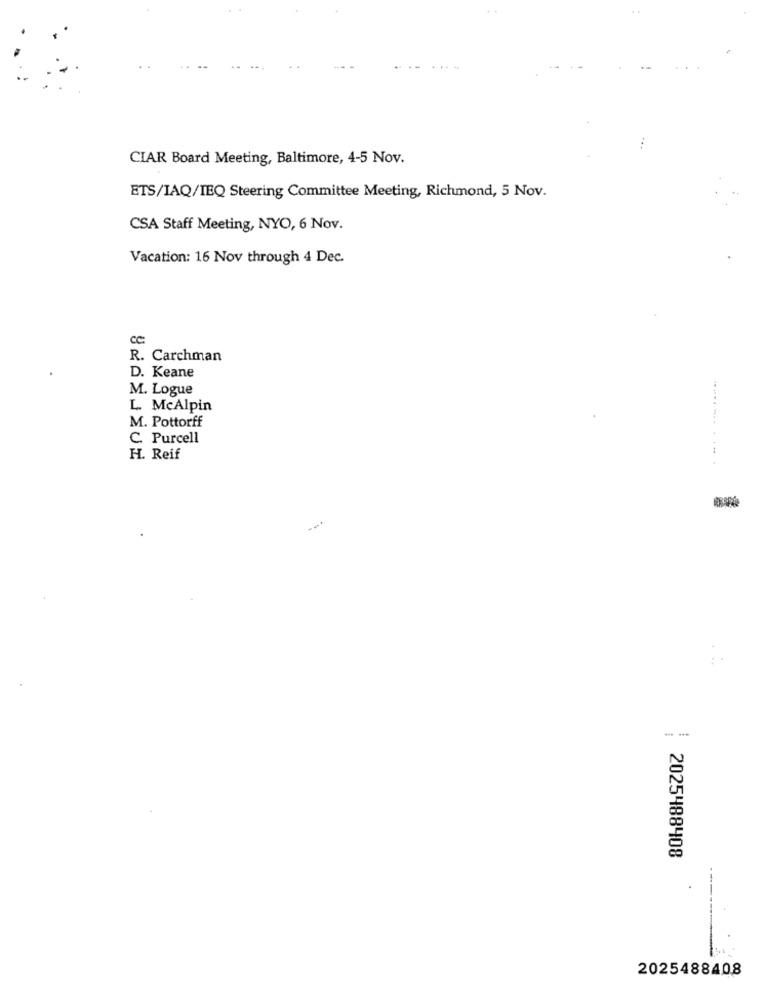
CIAR Board Meeting, Baltimore, 4-5 Nov.
ETS/IAQ/IEQ Steering Committee Meeting, Richmond, 5 Nov.
CSA Staff Meeting, NYO, 6 Nov.
Vacation: 16 Nov through 4 Dec.
R. Carchman
D. Keane
M. Logue
L. McAlpin
M. Pottorff
C. Purcell
H. Reif
--
2025488408
202548840.8